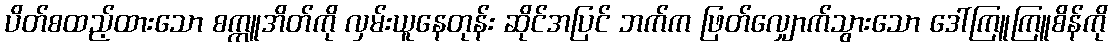
ပိတ်စထည့်ထားသော စက္ကူအိတ်ကို လှမ်းယူနေတုန်း ဆိုင်အပြင် ဘက်က ဖြတ်လျှောက်သွားသော ဒေါ်ကြူကြူစိန်ကို